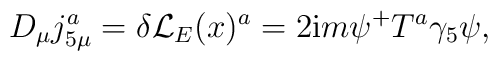
D_\mu j_{5\mu }^a=\delta {\cal L}_E(x)^a=2{\rm i}m\psi ^{+}T^a\gamma _5\psi ,